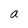
Character: a